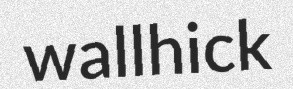
wallhick